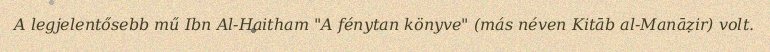
A legjelentősebb mű Ibn Al-Haitham "A fénytan könyve" (más néven Kitāb al-Manāẓir) volt.